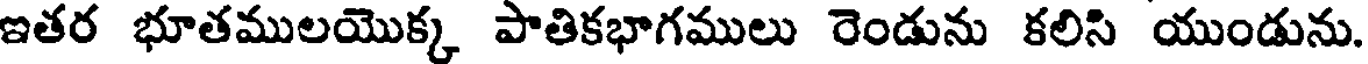
ఇతర భూతములయొక్క పాతికభాగములు రెండును కలిసి యుండును.